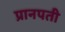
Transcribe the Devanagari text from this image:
प्रानपती